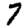
Digit: 7